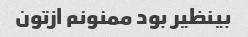
بینظیر بود ممنونم ازتون